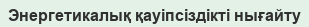
Энергетикалық қаyіпсіздікті нығайту